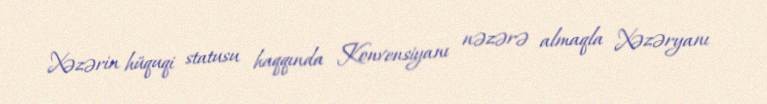
Xəzərin hüquqi statusu haqqında Konvensiyanı nəzərə almaqla Xəzəryanı